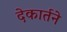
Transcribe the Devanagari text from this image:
देकार्तने